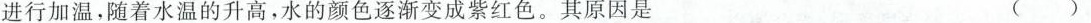
进行加温，随着水温的升高，水的颜色逐渐变成紫红色。其原因是 ( )